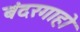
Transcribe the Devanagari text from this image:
बंदरगाहो